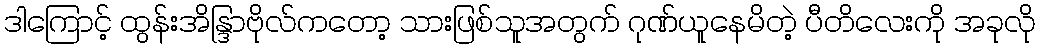
ဒါကြောင့် ထွန်းအိန္ဒြာဗိုလ်ကတော့ သားဖြစ်သူအတွက် ဂုဏ်ယူနေမိတဲ့ ပီတိလေးကို အခုလို